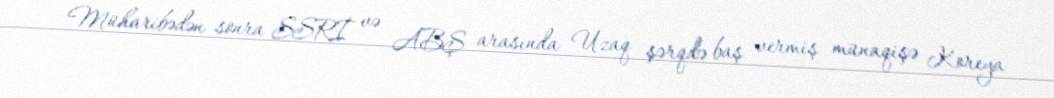
Müharibədən sonra SSRİ və ABŞ arasında Uzaq şərqdə baş vermiş münaqişə Koreya